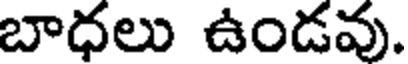
బాధలు ఉండవు.